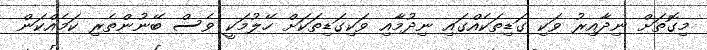
މިގޮތަށް ނިދާއިރު ވަކި ގަޑިތަކެއްގައި ނިދުމާއި ވަކިގަޑިތަކަށް ހޭލުމަކީ ވެސް ބޭނުންތެރި ކަމެއްކަން